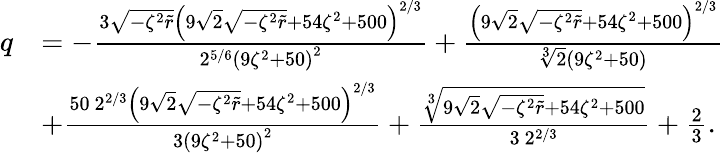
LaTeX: \begin{array}{rl}{q}&{=-\frac{3\sqrt{-\zeta^{2}\tilde{r}}\left(9\sqrt{2}\sqrt{-\zeta^{2}\tilde{r}}+54\zeta^{2}+500\right)^{2/3}}{2^{5/6}\left(9\zeta^{2}+50\right)^{2}}+\frac{\left(9\sqrt{2}\sqrt{-\zeta^{2}\tilde{r}}+54\zeta^{2}+500\right)^{2/3}}{\sqrt[3]{2}\left(9\zeta^{2}+50\right)}}\\ &{+\frac{50\ 2^{2/3}\left(9\sqrt{2}\sqrt{-\zeta^{2}\tilde{r}}+54\zeta^{2}+500\right)^{2/3}}{3\left(9\zeta^{2}+50\right)^{2}}+\frac{\sqrt[3]{9\sqrt{2}\sqrt{-\zeta^{2}\tilde{r}}+54\zeta^{2}+500}}{3\ 2^{2/3}}+\frac{2}{3}.}\end{array}